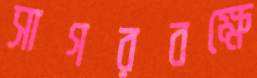
সাগরবক্ষে